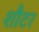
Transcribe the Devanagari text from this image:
शौटर